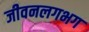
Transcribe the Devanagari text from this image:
जीवनलगभग